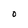
Character: O